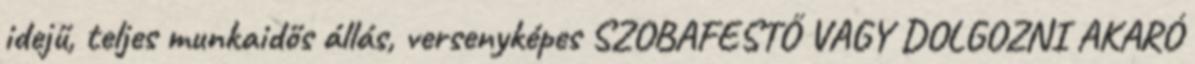
idejű, teljes munkaidős állás, versenyképes SZOBAFESTŐ VAGY DOLGOZNI AKARÓ